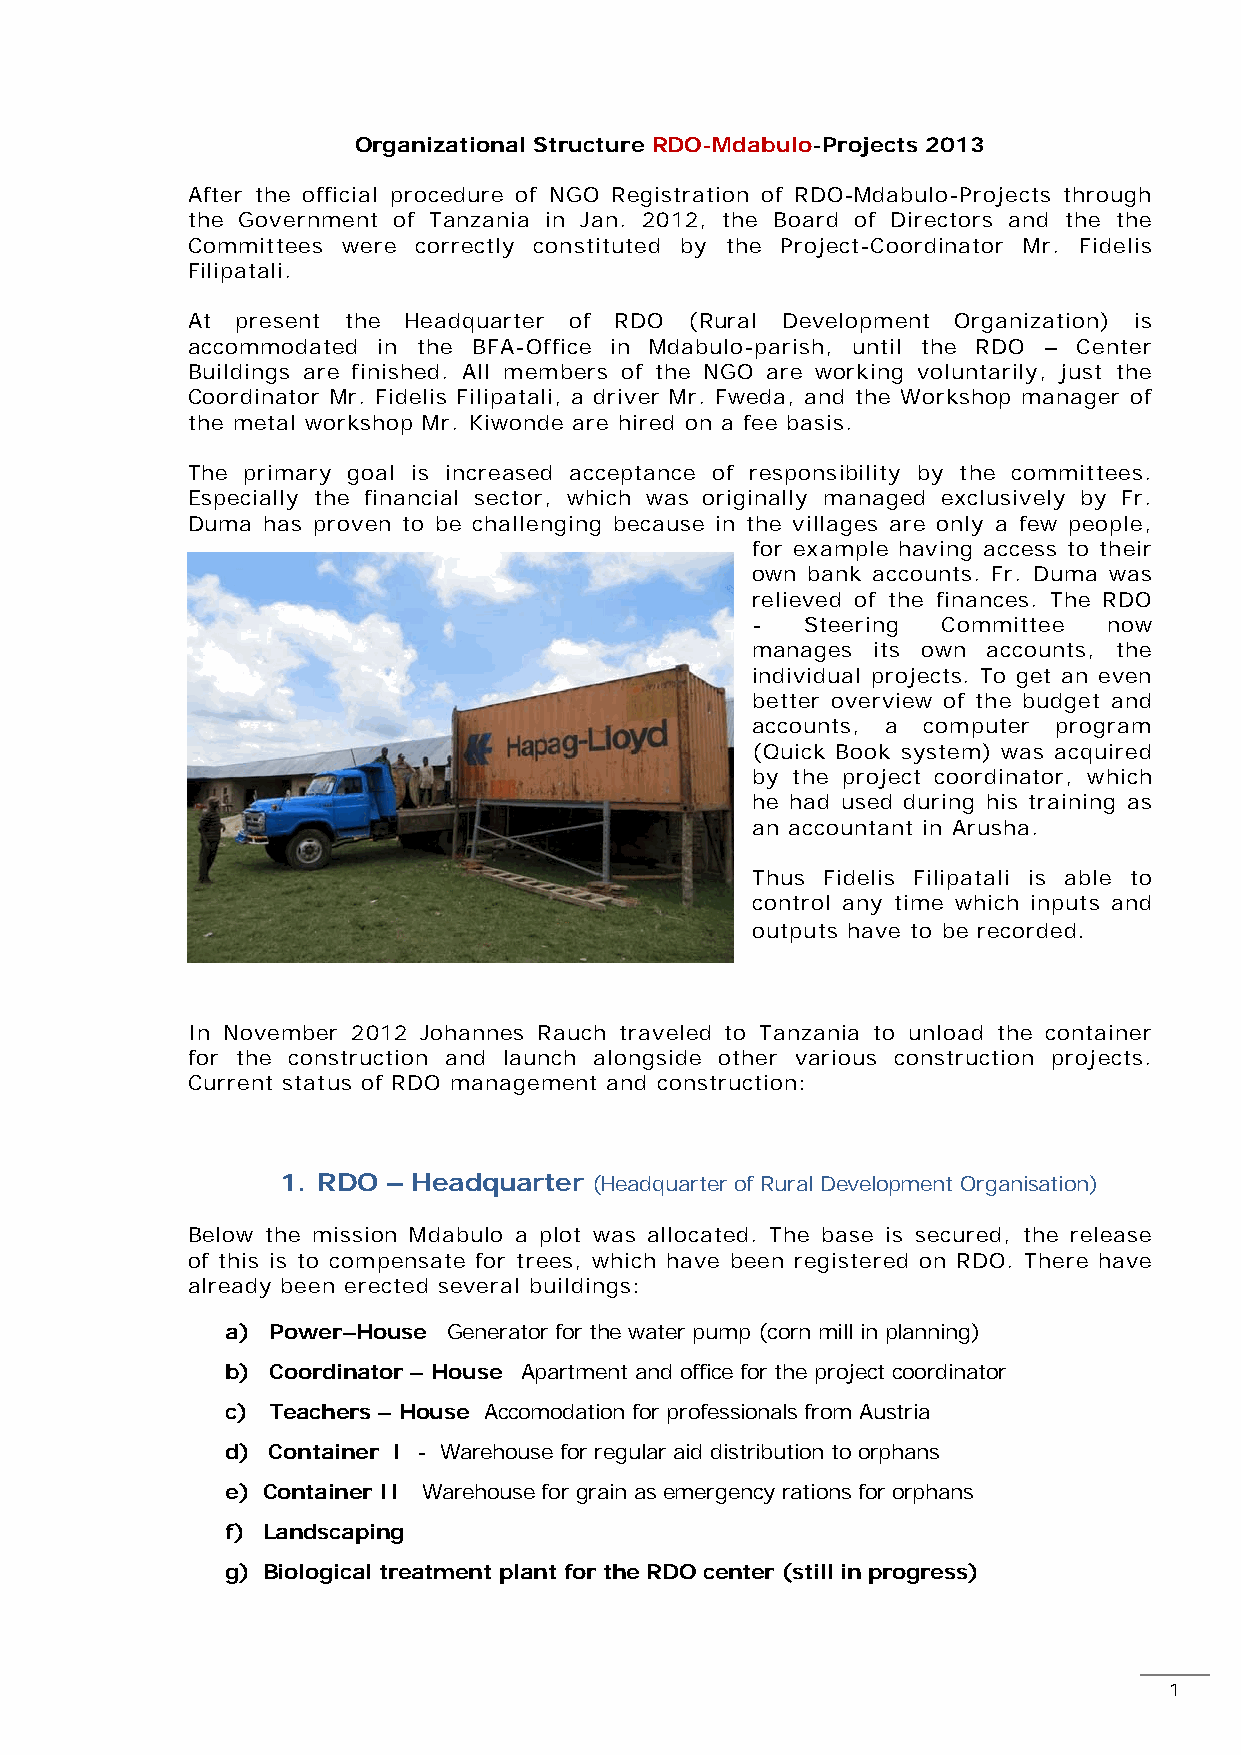
Organizational Structure RDO-Mdabulo-Projects 2013
 After the official procedure of NGO Registration of RDO-Mdabulo-Projects through
 the Government of Tanzania in Jan. 2012, the Board of Directors and the the
 Committees were correctly constituted by the Project-Coordinator Mr. Fidelis
 Filipatali.
 At  present the Headquarter of RDO (Rural Development Organization) is
 accommodated in the BFA-Office in Mdabulo-parish, until the RDO – Center
 Buildings are finished. All members of the NGO are working voluntarily, just the
 Coordinator Mr. Fidelis Filipatali, a driver Mr. Fweda, and the Workshop manager of
 the metal workshop Mr. Kiwonde are hired on a fee basis.
 The primary goal is increased acceptance of responsibility by the committees.
 Especially the financial sector, which was originally managed exclusively by Fr.
 Duma has proven to be challenging because in the villages are only a few people,
 for example having access to their
 own bank accounts. Fr. Duma was
 relieved of the finances. The RDO
 -  Steering Committee  now
 manages its own accounts, the
 individual projects. To get an even
 better overview of the budget and
 accounts, a computer program
 (Quick Book system) was acquired
 by the project coordinator, which
 he had used during his training as
 an accountant in Arusha.
 Thus Fidelis Filipatali is able to
 control any time which inputs and
 outputs have to be recorded.
 In November 2012 Johannes Rauch traveled to Tanzania to unload the container
 for the construction and launch alongside other various construction projects.
 Current status of RDO management and construction:
 1. RDO – Headquarter (Headquarter of Rural Development Organisation)
 Below the mission Mdabulo a plot was allocated. The base is secured, the release
 of this is to compensate for trees, which have been registered on RDO. There have
 already been erected several buildings:
 a) Power–House Generator for the water pump (corn mill in planning)
 b) Coordinator – House Apartment and office for the project coordinator
 c) Teachers – House Accomodation for professionals from Austria
 d) Container I - Warehouse for regular aid distribution to orphans
 e) Container II Warehouse for grain as emergency rations for orphans
 f) Landscaping
 g) Biological treatment plant for the RDO center (still in progress)
 1